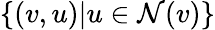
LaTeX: \{ (v,u)|u\in\mathcal{N}(v)\}